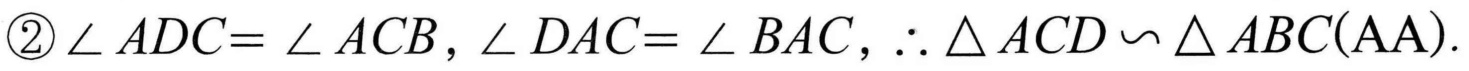
$\textcircled{2}\angle ADC = \angle ACB,\angle DAC = \angle BAC,\therefore\triangle ACD\backsim\triangle ABC(\text{AA}).$